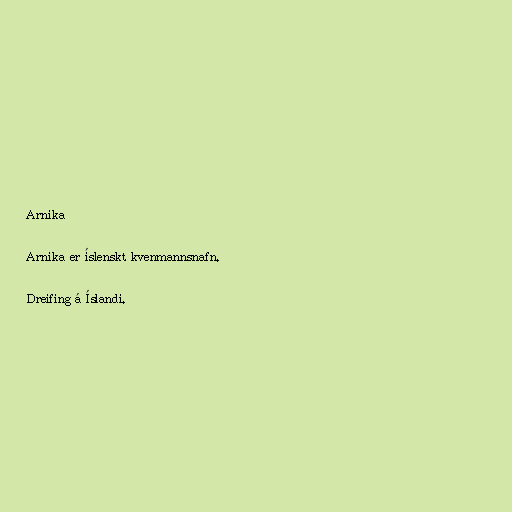
Arnika

Arnika er íslenskt kvenmannsnafn.

Dreifing á Íslandi.